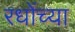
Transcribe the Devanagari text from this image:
रधोंच्या